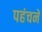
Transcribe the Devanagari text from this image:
पहंचने